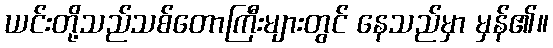
ယင်းတို့သည်သစ်တောကြီးများတွင် နေသည်မှာ မှန်၏။